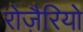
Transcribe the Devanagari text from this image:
रोज़ैरियो